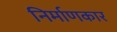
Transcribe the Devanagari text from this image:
निर्माणकार